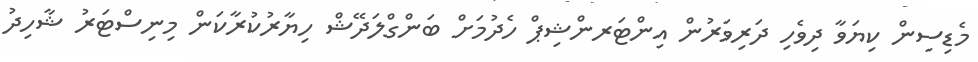
މެޑިސިން ކިޔަވާ ދިވެހި ދަރިވަރުން އިންޓަރންޝިޕް ހެދުމަށް ބަންގްލަދޭޝް ހިޔާރުކުރާކަން މިނިސްޓަރު ޝާހިދު